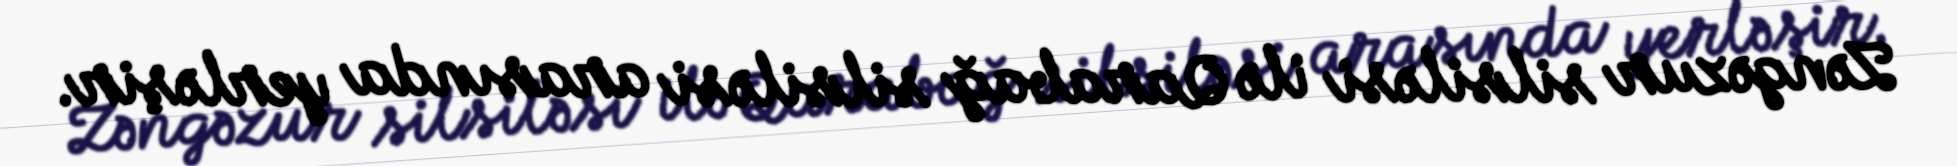
Zəngəzur silsiləsi ilə Qarabağ silsiləsi arasında yerləşir.